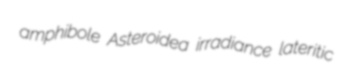
amphibole Asteroidea irradiance lateritic